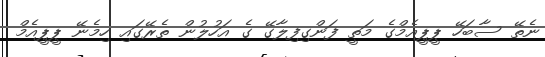
ނެތޭ ސާބަހޭ ޕީޕީއެމްގެ މަތީ ފަންގިފިލާގޭ ގެ އަހުލުން ތެރޭގައި ހިމެނޭ ޕީޕީއެމް